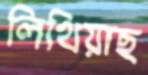
লিখিয়াছ